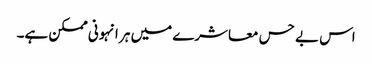
اس بے حس معاشرے میں ہر انہونی ممکن ہے۔